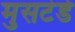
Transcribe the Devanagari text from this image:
मुसटंडे